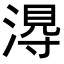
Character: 𭱭